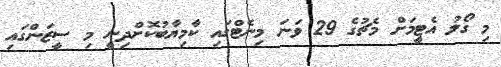
މި ގޯލު އެޓީމަށް މެޗުގެ 29 ވަނަ މިނެޓްގައި ކާމިޔާބުކޮށްދިނީ މި ސީޒަންގައި